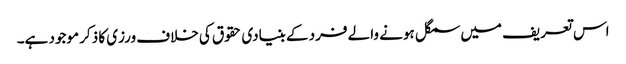
اس تعریف میں سمگل ہونے والے فرد کے بنیادی حقوق کی خلاف ورزی کا ذکر موجود ہے۔